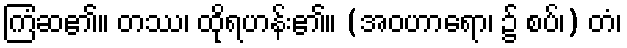
ကြံဆ၏။ တဿ၊ ထိုရဟန်း၏။ (အဝဟာရော၊ ၌ စပ်၊) တံ၊